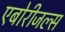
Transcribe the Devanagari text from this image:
एबोरीजल्स